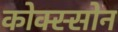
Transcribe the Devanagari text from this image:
कोक्स्सोन